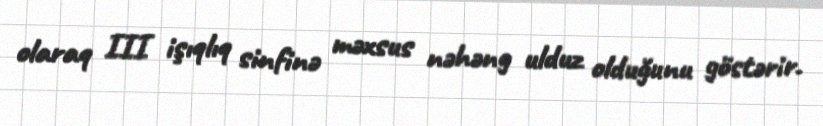
olaraq III işıqlıq sinfinə məxsus nəhəng ulduz olduğunu göstərir.